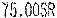
75.00SR